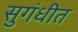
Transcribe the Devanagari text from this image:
सुगंधीत